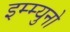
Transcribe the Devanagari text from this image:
इम्म्युनो